Scottish Leaving Certificate Examination, 1959
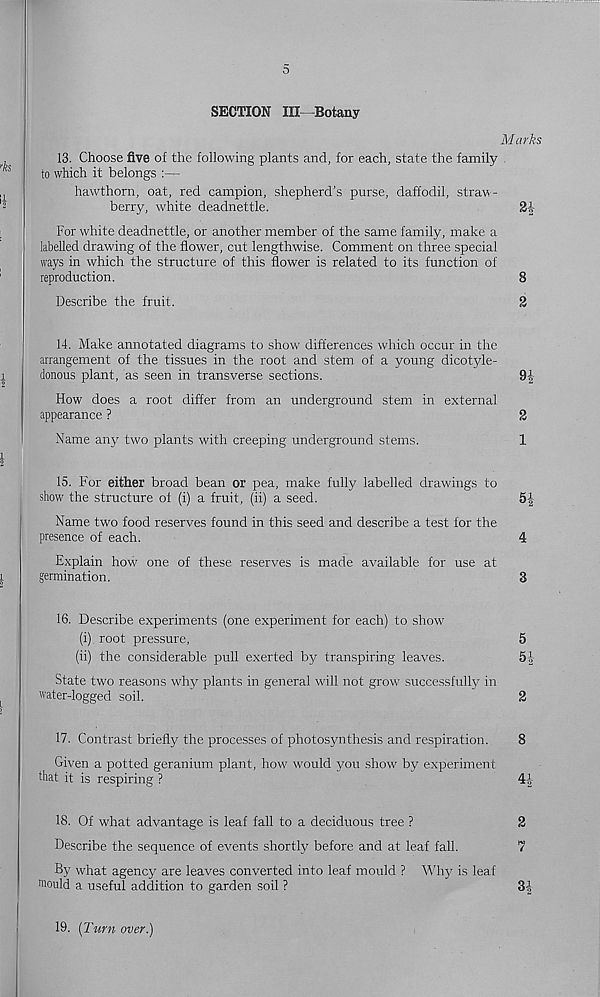
5
SECTION III—Botany
Marks
13. Choose five of the following plants and, for each, state the family
to which it belongs
hawthorn, oat, red campion, shepherd’s purse, daffodil, straw-
berry, white deadnettle.
2i-
For white deadnettle, or another member of the same family, make a
labelled drawing of the flower, cut lengthwise. Comment on three special
ways in which the structure of this flower is related to its function of
reproduction.
8
Describe the fruit.
2
14. Make annotated diagrams to show differences which occur in the
arrangement of the tissues in the root and stem of a young dicotyle-
donous plant, as seen in transverse sections.
9-|
How does a root differ from an underground stem in external
appearance ?
2
Name any two plants with creeping underground stems.
1
15. For either broad bean or pea, make fully labelled drawings to
show the structure oi (i) a fruit, (ii) a seed.
5|
Name two food reserves found in this seed and describe a test for the
presence of each.
4
Explain how one of these reserves is made available for use at
germination.
3
16. Describe experiments (one experiment for each) to show
(i) root pressure,
5
(ii) the considerable pull exerted by transpiring leaves.
51
State two reasons why plants in general will not grow successfully in
water-logged soil.
2
17. Contrast briefly the processes of photosynthesis and respiration.
8
Given a potted geranium plant, how would you show by experiment
that it is respiring ?
4-1
18. Of what advantage is leaf fall to a deciduous tree ?
2
Describe the sequence of events shortly before and at leaf fall.
7
By what agency are leaves converted into leaf mould ? Why is leaf
m ould a useful addition to garden soil ?
31
19. (Turn over.)